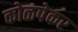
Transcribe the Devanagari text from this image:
कोळपेकर